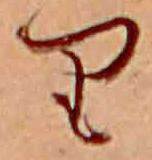
り